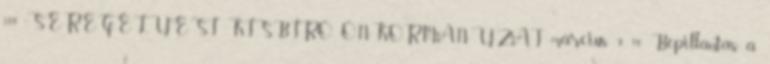
100 SEREGÉLYESI KISBÍRÓ ÖNKORMÁNYZAT március 9 10 Bepillantás a